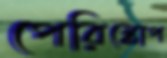
পেরিস্কোপ